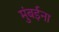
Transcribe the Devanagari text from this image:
मुंबईना